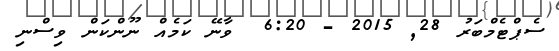
ސެޕްޓެމްބަރު 28